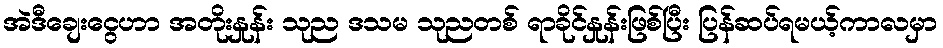
အဲဒီချေးငွေဟာ အတိုးနှုန်း သုည ဒသမ သုညတစ် ရာခိုင်နှုန်းဖြစ်ပြီး ပြန်ဆပ်ရမယ့်ကာလမှာ